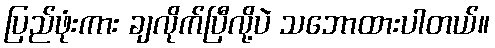
ပြည်ဖုံးကား ချလိုက်ပြီလို့ပဲ သဘောထားပါတယ်။